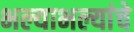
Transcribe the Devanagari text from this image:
भल्याभल्यांचे